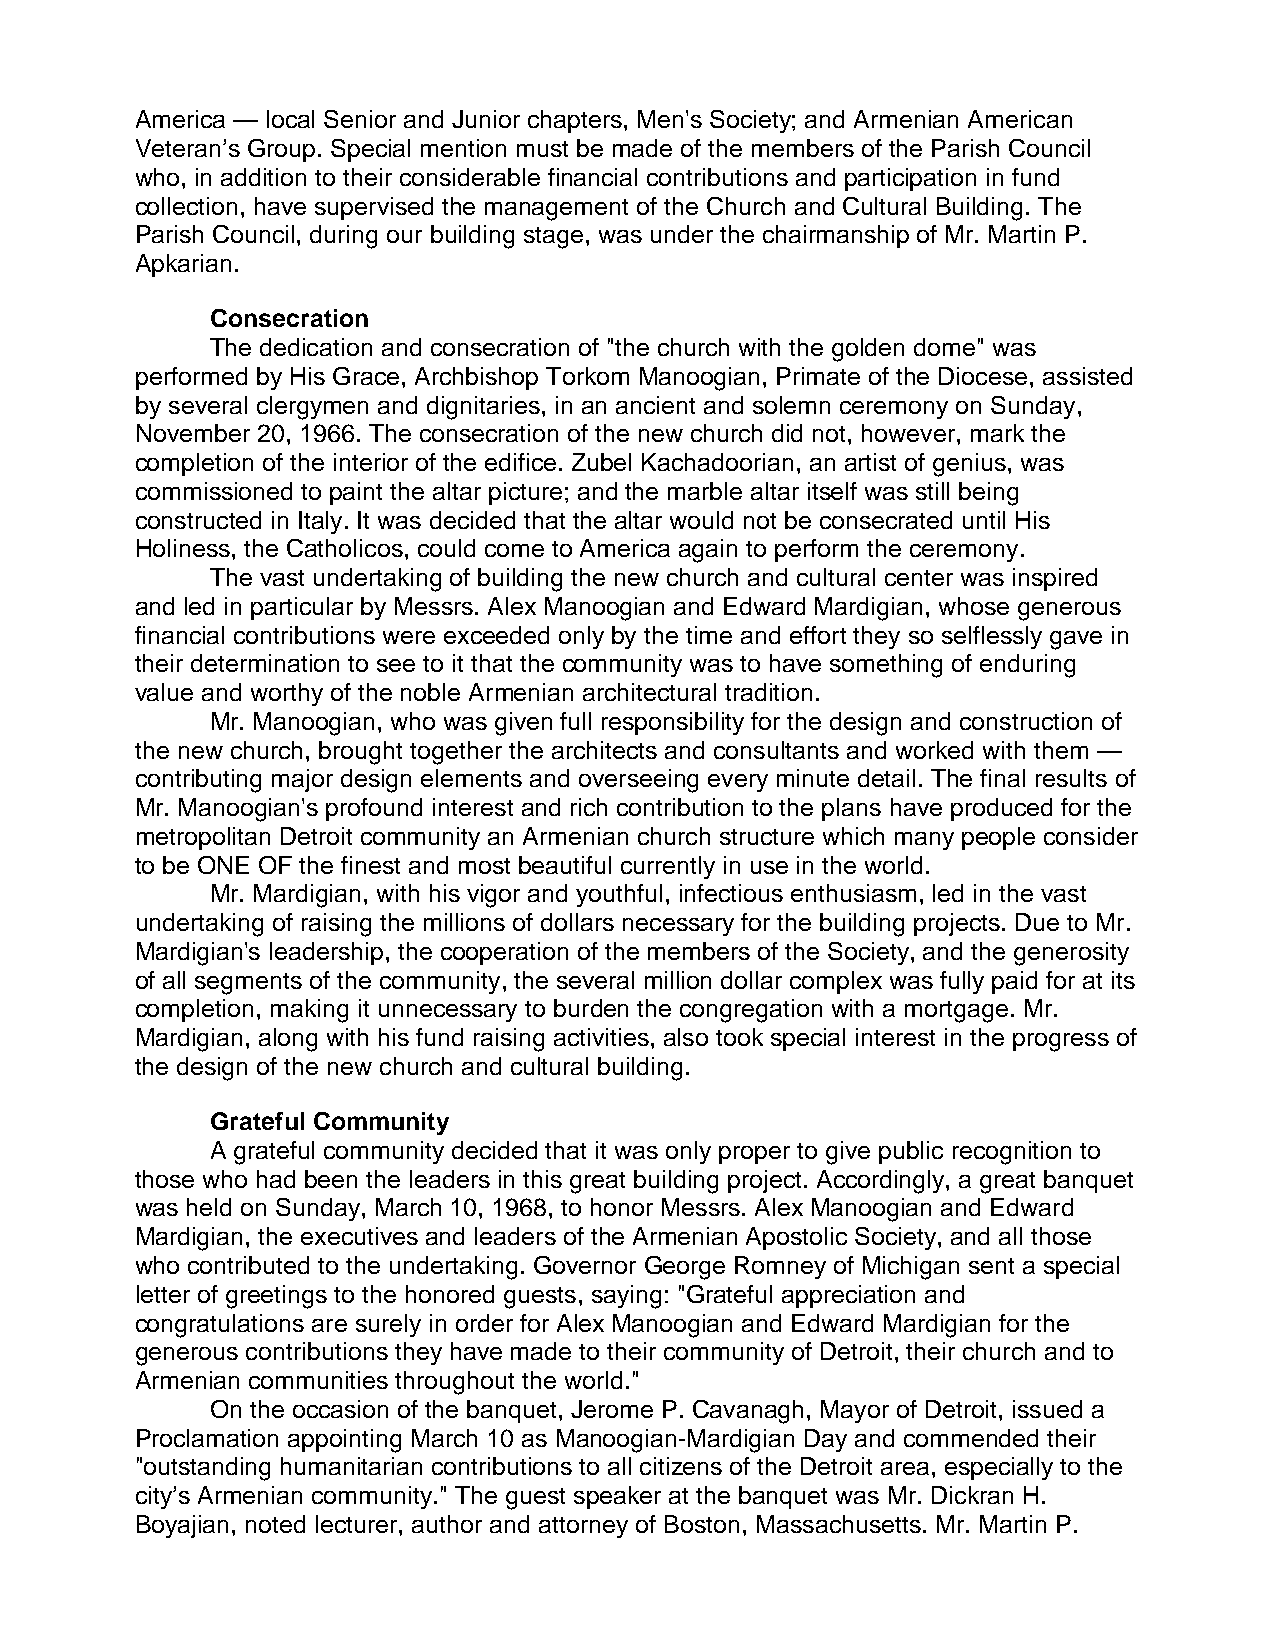
America — local Senior and Junior chapters, Men's Society; and Armenian American
 Veteran’s Group. Special mention must be made of the members of the Parish Council
 who, in addition to their considerable financial contributions and participation in fund
 collection, have supervised the management of the Church and Cultural Building. The
 Parish Council, during our building stage, was under the chairmanship of Mr. Martin P.
 Apkarian.
 Consecration
 The dedication and consecration of "the church with the golden dome" was
 performed by His Grace, Archbishop Torkom Manoogian, Primate of the Diocese, assisted
 by several clergymen and dignitaries, in an ancient and solemn ceremony on Sunday,
 November 20, 1966. The consecration of the new church did not, however, mark the
 completion of the interior of the edifice. Zubel Kachadoorian, an artist of genius, was
 commissioned to paint the altar picture; and the marble altar itself was still being
 constructed in Italy. It was decided that the altar would not be consecrated until His
 Holiness, the Catholicos, could come to America again to perform the ceremony.
 The vast undertaking of building the new church and cultural center was inspired
 and led in particular by Messrs. Alex Manoogian and Edward Mardigian, whose generous
 financial contributions were exceeded only by the time and effort they so selflessly gave in
 their determination to see to it that the community was to have something of enduring
 value and worthy of the noble Armenian architectural tradition.
 Mr. Manoogian, who was given full responsibility for the design and construction of
 the new church, brought together the architects and consultants and worked with them —
 contributing major design elements and overseeing every minute detail. The final results of
 Mr. Manoogian's profound interest and rich contribution to the plans have produced for the
 metropolitan Detroit community an Armenian church structure which many people consider
 to be ONE OF the finest and most beautiful currently in use in the world.
 Mr. Mardigian, with his vigor and youthful, infectious enthusiasm, led in the vast
 undertaking of raising the millions of dollars necessary for the building projects. Due to Mr.
 Mardigian's leadership, the cooperation of the members of the Society, and the generosity
 of all segments of the community, the several million dollar complex was fully paid for at its
 completion, making it unnecessary to burden the congregation with a mortgage. Mr.
 Mardigian, along with his fund raising activities, also took special interest in the progress of
 the design of the new church and cultural building.
 Grateful Community
 A grateful community decided that it was only proper to give public recognition to
 those who had been the leaders in this great building project. Accordingly, a great banquet
 was held on Sunday, March 10, 1968, to honor Messrs. Alex Manoogian and Edward
 Mardigian, the executives and leaders of the Armenian Apostolic Society, and all those
 who contributed to the undertaking. Governor George Romney of Michigan sent a special
 letter of greetings to the honored guests, saying: "Grateful appreciation and
 congratulations are surely in order for Alex Manoogian and Edward Mardigian for the
 generous contributions they have made to their community of Detroit, their church and to
 Armenian communities throughout the world."
 On the occasion of the banquet, Jerome P. Cavanagh, Mayor of Detroit, issued a
 Proclamation appointing March 10 as Manoogian-Mardigian Day and commended their
 "outstanding humanitarian contributions to all citizens of the Detroit area, especially to the
 city’s Armenian community." The guest speaker at the banquet was Mr. Dickran H.
 Boyajian, noted lecturer, author and attorney of Boston, Massachusetts. Mr. Martin P.